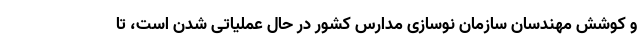
و کوشش مهندسان سازمان نوسازی مدارس کشور در حال عملیاتی شدن است، تا